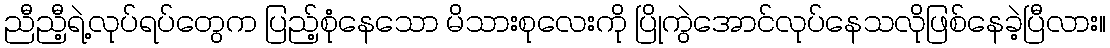
ညီညီ့ရဲ့လုပ်ရပ်တွေက ပြည့်စုံနေသော မိသားစုလေးကို ပြိုကွဲအောင်လုပ်နေသလိုဖြစ်နေခဲ့ပြီလား။